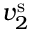
v _ { 2 } ^ { \mathrm { s } }